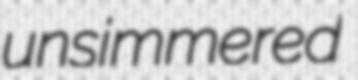
unsimmered